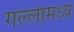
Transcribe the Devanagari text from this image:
गल्लीमध्ये